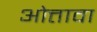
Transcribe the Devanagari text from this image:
ओत्तावा